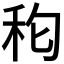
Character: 𮂵